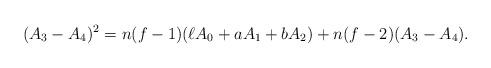
LaTeX: \begin{align*}(A_3-A_4)^2=n(f-1)(\ell A_0+a A_1+b A_2)+n(f-2)(A_3-A_4). \end{align*}